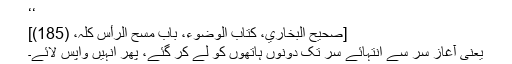
‘‘
[صحیح البخاري، کتاب الوضوء، باب مسح الرأس کلہ، (185)]
یعنی آغازِ سر سے انتہائے سر تک دونوں ہاتھوں کو لے کر گئے، پھر انہیں واپس لائے۔